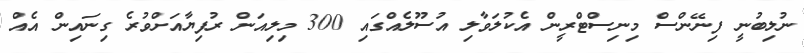
ނުލިބުނީ ފިނޭންސް މިނިސްޓްރީން އެކުލަވާލި އުސޫލެއްގައި 300 މިލިއަން ރުފިޔާއަށްވުރެ ގިނައިން އެއް